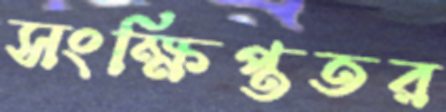
সংক্ষিপ্ততর